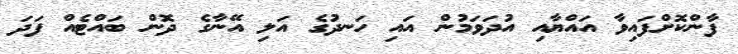
ފާންކޮށްފައިވާ އައްޔާއި އުދަވަމުން އައި ހަނދުގެ އަލި އޭނާގެ ދޮން ބައްޓެއް ފަދަ